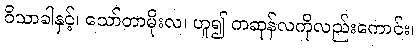
ဝိသာခါနှင့်၊ သော်တာမိုးလ၊ ဟူ၍ ကဆုန်လကိုလည်းကောင်း၊